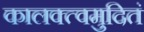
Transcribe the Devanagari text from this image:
कालक्त्वमुदितं